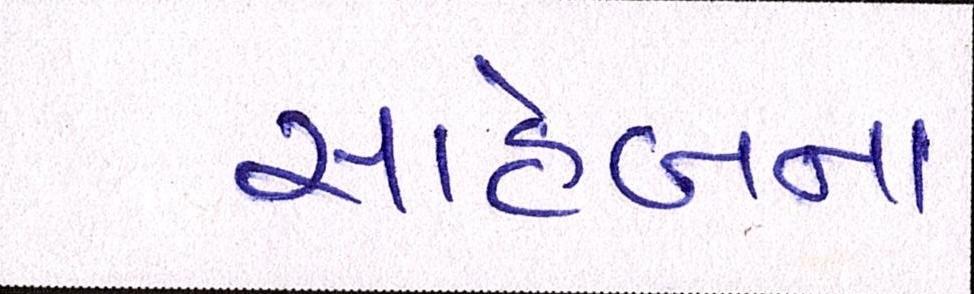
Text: સાહેબના